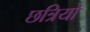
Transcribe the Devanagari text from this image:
छत्रियो